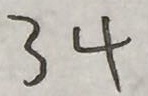
3 4